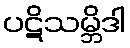
ပဋိသမ္ဘိဒါ